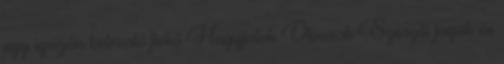
egy igazán belevaló fickó Hagyjatok Olvasok Szerzői jogok és